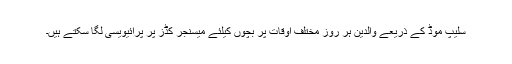
سلیپ موڈ کے ذریعے والدین ہر روز مختلف اوقات پر بچوں کیلئے میسنجر کڈز پر پرائیویسی لگا سکتے ہیں۔